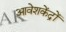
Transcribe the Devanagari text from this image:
आवेशकेंद्रों